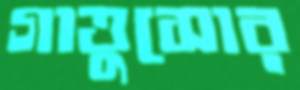
গাত্তুসোর